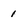
Character: 1